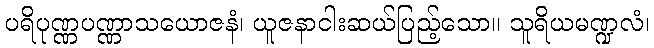
ပရိပုဏ္ဏပဏ္ဏာသယောဇနံ၊ ယူဇနာငါးဆယ်ပြည့်သော။ သူရိယမဏ္ဍလံ၊